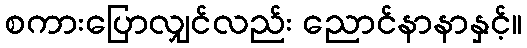
စကားပြောလျှင်လည်း ညောင်နာနာနှင့်။